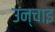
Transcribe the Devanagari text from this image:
उन्चाइ